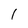
Character: I